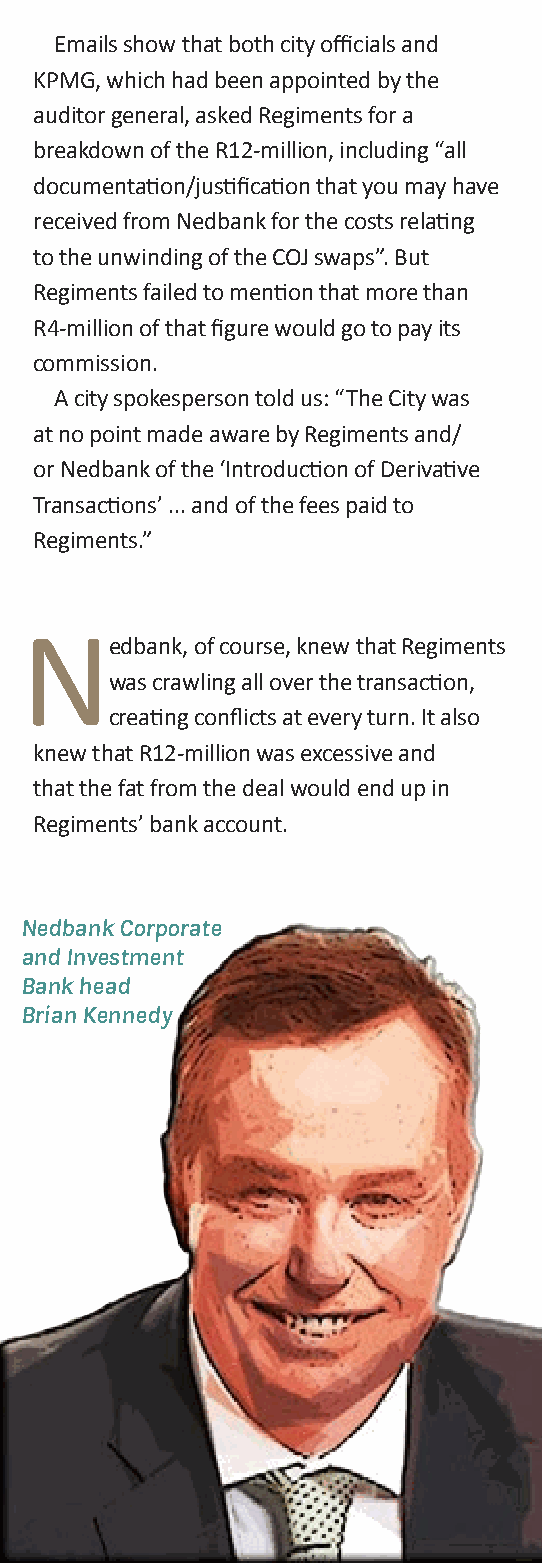
emails show that both city officials and
 kPMg, which had been appointed by the
 auditor general, asked Regiments for a
 breakdown of the R12-million, including “all
 documentation/justification that you may have
 received from Nedbank for the costs relating
 to the unwinding of the CoJ swaps”. But
 Regiments failed to mention that more than
 R4-million of that figure would go to pay its
 commission.
 A city spokesperson told us: “The City was
 at no point made aware by Regiments and/
 or Nedbank of the ‘Introduction of Derivative
 Transactions’ ... and of the fees paid to
 Regiments.”
 N
 edbank, of course, knew that Regiments
 was crawling all over the transaction,
 creating conflicts at every turn. It also
 knew that R12-million was excessive and
 that the fat from the deal would end up in
 Regiments’ bank account.
 Nedbank Corporate
 and Investment
 Bank head
 Brian Kennedy